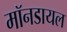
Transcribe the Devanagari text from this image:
मॉनडायल